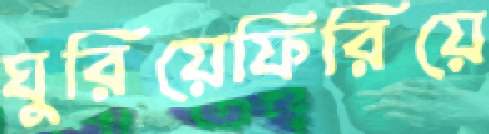
ঘুরিয়েফিরিয়ে